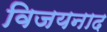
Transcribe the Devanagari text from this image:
विजयनाद